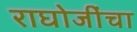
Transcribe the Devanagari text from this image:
राघोजींचा